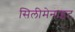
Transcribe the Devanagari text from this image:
सिलीमेनाइट